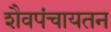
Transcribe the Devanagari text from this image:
शैवपंचायतन